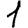
Digit: 1